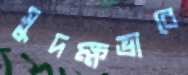
সুদক্ষভাবে